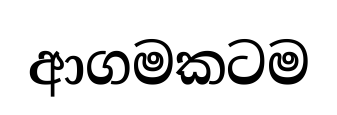
ආගමකටම